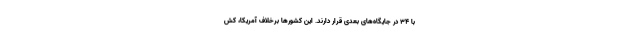
با ۳۴ در جایگاه‌های بعدی قرار دارند. این کشورها برخلاف آمریکا، کش